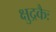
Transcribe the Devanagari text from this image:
क्षुद्रकैः